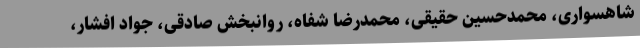
شاهسواری، محمدحسین حقیقی، محمدرضا شفاه، روانبخش صادقی، جواد افشار،